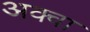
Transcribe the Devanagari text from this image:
अक्वा